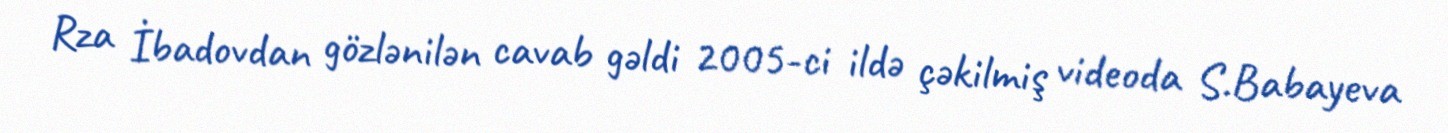
Rza İbadovdan gözlənilən cavab gəldi 2005-ci ildə çəkilmiş videoda S.Babayeva